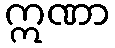
ဣဏာ